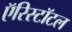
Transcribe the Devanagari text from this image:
ऍरिस्टॉटल